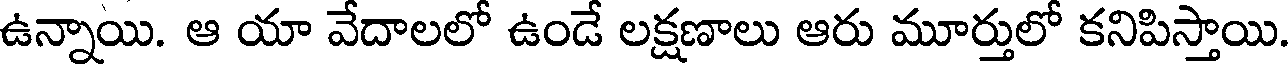
ఉన్నాయి. ఆ యా వేదాలలో ఉండే లక్షణాలు ఆరు మూర్తులో కనిపిస్తాయి.